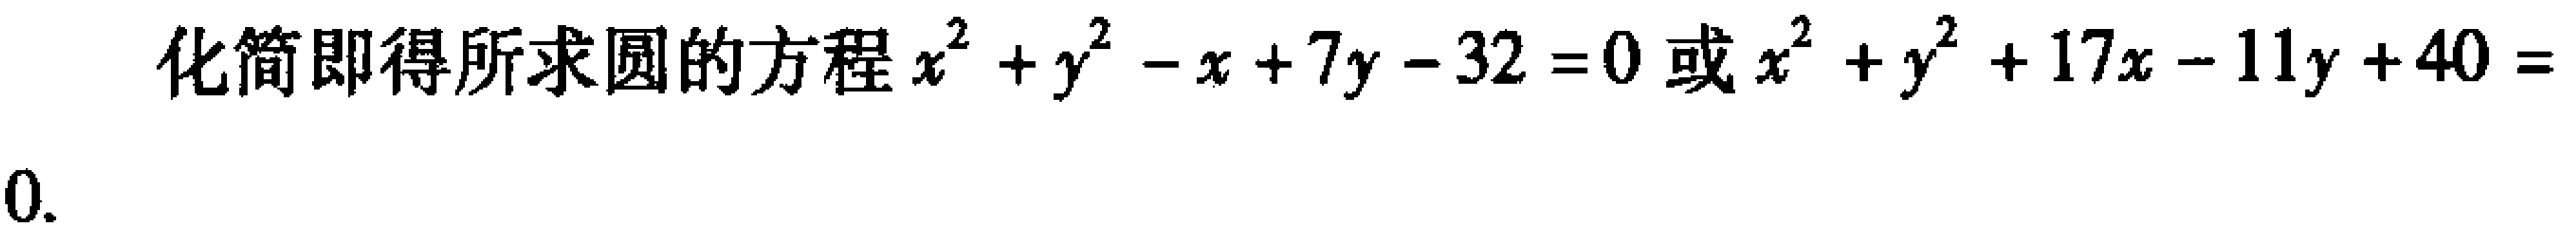
化简即得所求圆的方程\(x^{2} + y^{2} - x + 7y - 32 = 0\)或\(x^{2} + y^{2} + 17x - 11y + 40 = 0\).